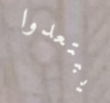
يبتعدوا